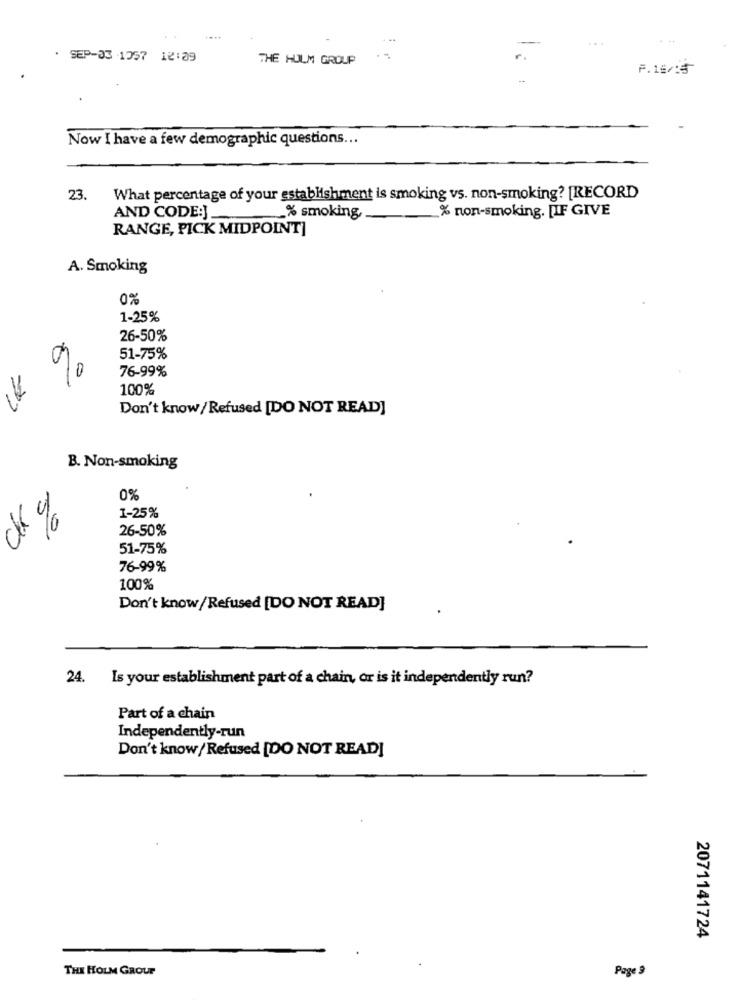
..
...
. SEP-03 1057 12:09
THE HOLM GROUP
F.19/:5
Now I have a few demographic questions ...
23.
What percentage of your establishment is smoking vs. non-smoking? [RECORD
AND CODE:J_
% non-smoking. [IF GIVE
% smoking
RANGE, PICK MIDPOINT]
A. Smoking
0%
1-25%
26-50%
51-75%
76-99%
100%
Don't know / Refused [DO NOT READ]
B. Non-smoking
0%
1-25%
5
26-50%
51-75%
76-99%
100%
Don't know/ Refused [DO NOT READ]
24. Is your establishment part of a chain, or is it independently run?
Part of a chain
Independently-run
Don't know/ Refused [DO NOT READ]
2071141724
THE HOLM GROUP
Page 9